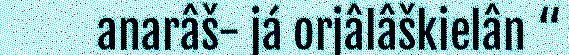
anarâš- já orjâlâškielân “